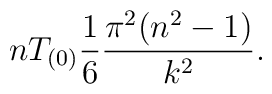
n T_{(0)} {1\over 6} {\pi^2 (n^2-1)\over k^2}.